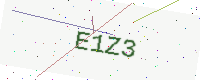
Text: E1Z3